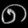
Digit: ၈